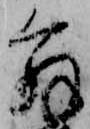
解